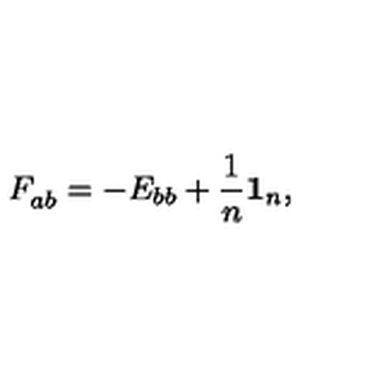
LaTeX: F _ { a b } ^ { } = - E _ { b b } + \frac { 1 } { n } \mathbf { 1 } _ { n } ,